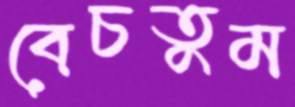
বেচতুম